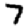
Digit: 7